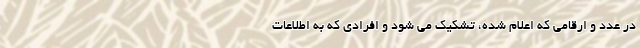
در عدد و ارقامی که اعلام شده، تشکیک می شود و افرادی که به اطلاعات